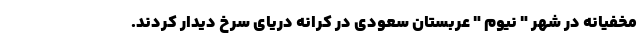
مخفیانه در شهر " نیوم " عربستان سعودی در کرانه دریای سرخ دیدار کردند.